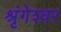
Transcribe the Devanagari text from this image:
श्रृंगेश्‍वर